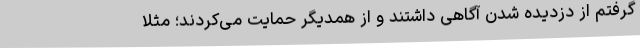
گرفتم از دزدیده شدن آگاهی داشتند و از همدیگر حمایت می‌کردند؛ مثلا